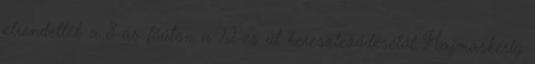
elrendelték a 8-as főúton a 72-es út kereszteződésétől Hajmáskérig